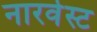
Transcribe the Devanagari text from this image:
नारवेस्ट